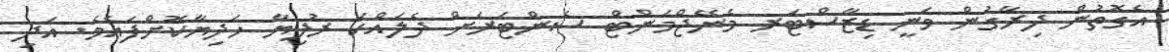
އެގޮތުން ދިރާގުން ވަނީ ޑިޒާސްޓަރ މެނޭޖްމަންޓް ސެންޓަރަށް ދެލައްކަ ރުފިޔާ ހަދިޔާކޮށްފައެވެ. އަދި